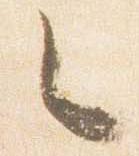
々